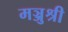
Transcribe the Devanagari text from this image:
मञ्जुश्री